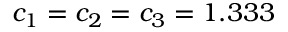
c _ { 1 } = c _ { 2 } = c _ { 3 } = 1 . 3 3 3